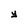
Character: y